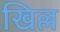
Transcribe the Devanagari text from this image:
खिल्ल